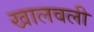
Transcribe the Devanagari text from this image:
खालवली